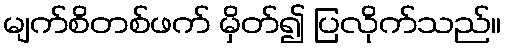
မျက်စိတစ်ဖက် မှိတ်၍ ပြလိုက်သည်။